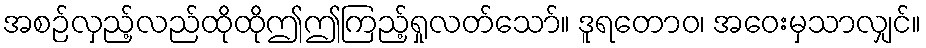
အစဉ်လှည့်လည်ထိုထိုဤဤကြည့်ရှုလတ်သော်။ ဒူရတောဝ၊ အဝေးမှသာလျှင်။